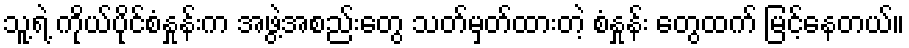
သူ့ရဲ့ ကိုယ်ပိုင်စံနှုန်းက အဖွဲ့အစည်းတွေ သတ်မှတ်ထားတဲ့ စံနှုန်း တွေထက် မြင့်နေတယ်။